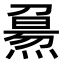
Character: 𤎘